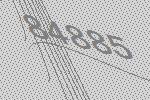
84885